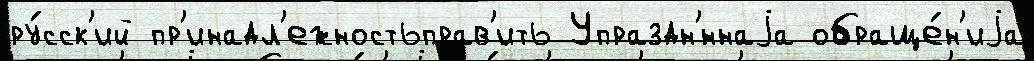
ру́сск'ий пр'инадл'ежностьправ'ить Упраздн'́ннаjа обраще́н'иjа